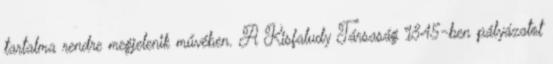
tartalma rendre megjelenik művében. A Kisfaludy Társaság 1845-ben pályázatot